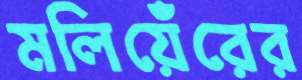
মলিয়েঁরের